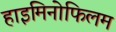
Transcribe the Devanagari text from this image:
हाइमिनोफिलम